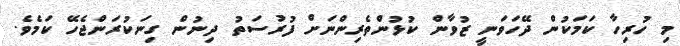
މި ހުރިހާ ކަމަކުން ދޭހަވަނީ ޒުވާން ކުޅުންތެރިންނަށް ފުރުސަތު ދިނުން ގިނަކުރަންޖެހޭ ކަމެވެ.